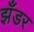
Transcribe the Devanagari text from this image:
झँडर